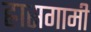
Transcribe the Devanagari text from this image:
ह्रासगामी